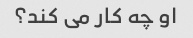
او چه کار می کند؟